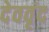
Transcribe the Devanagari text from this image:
देववृंद